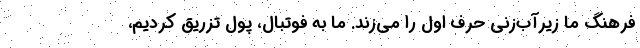
فرهنگ ما زيرآب‌زني حرف اول را مي‌زند. ما به فوتبال، پول تزريق كرديم،